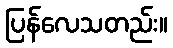
ပြန်လေသတည်း။